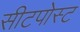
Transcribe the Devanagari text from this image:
सीटपोस्ट